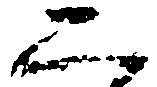
二